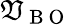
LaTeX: \mathfrak{V}_{\mathrm{{~B~O~}}}